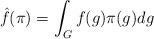
LaTeX: \begin{align*} \hat{f}(\pi) = \int_{G} f(g) \pi(g) dg \end{align*}